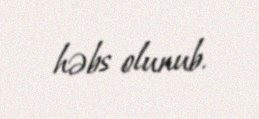
həbs olunub.